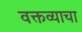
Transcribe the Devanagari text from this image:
वक्तव्याचा